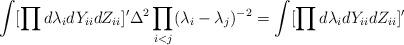
LaTeX: \begin{align*}\int [\prod d \lambda_i d Y_{ii}d Z_{ii}]'\Delta^2\prod_{i<j}(\lambda_i-\lambda_j)^{-2}=\int [\prod d \lambda_i d Y_{ii}d Z_{ii}]'\end{align*}